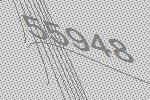
55948